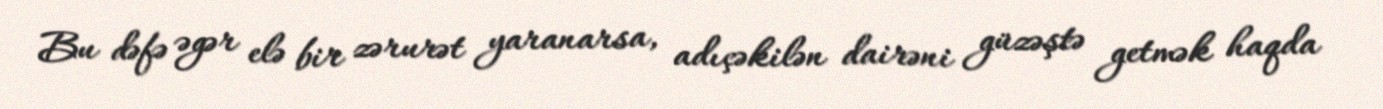
Bu dəfə əgər elə bir zərurət yaranarsa, adıçəkilən dairəni güzəştə getmək haqda